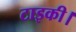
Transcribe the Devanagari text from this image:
टाइकी।